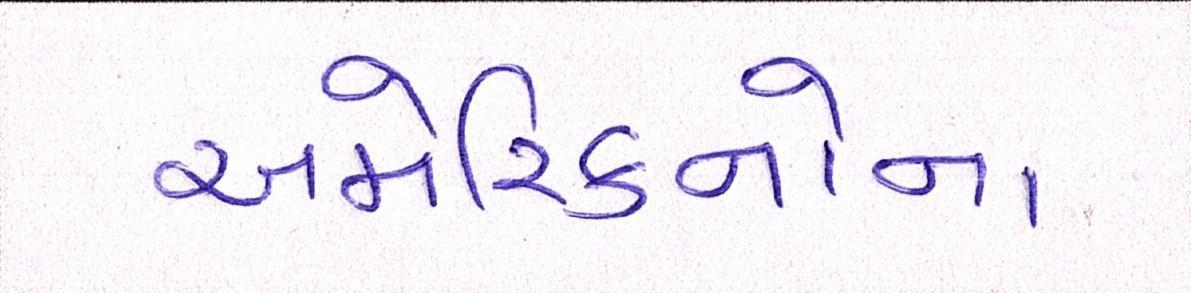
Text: અમેરિકનોના